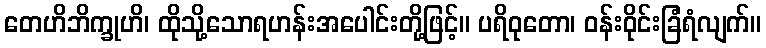
တေဟိဘိက္ခုဟိ၊ ထိုသို့သောရဟန်းအပေါင်းတို့ဖြင့်။ ပရိဝုတော၊ ဝန်းဝိုင်းခြံရံလျက်။